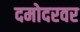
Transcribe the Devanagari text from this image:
दमोदरवर